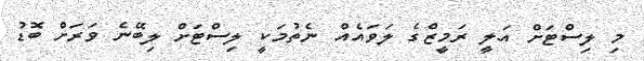
މި ލިސްޓަށް އަލީ ރަމީޒްގެ ލަވައެއް ނެތުމަކީ ލިސްޓަށް ލިބޭނެ ވަރަށް ބޮޑު